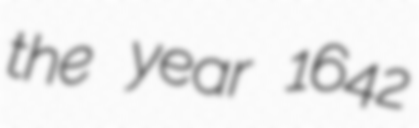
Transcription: the year 1642